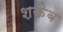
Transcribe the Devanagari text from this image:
शकेब